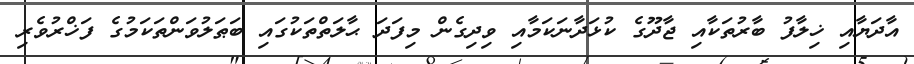
އާދަޔާއި ޚިލާފު ބާރުތަކާއި ޖާދޫގެ ކުޅަދާނަކަމާއި ވިދިގެން މިފަދަ ޙާލަތްތަކުގައި ބަޠަލުވަންތަކަމުގެ ފަޚްރުވެރި